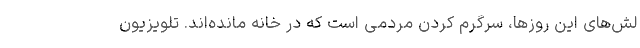
لش‌های این روزها، سرگرم کردن مردمی است که در خانه مانده‌اند. تلویزیون